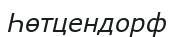
Һөтцендорф